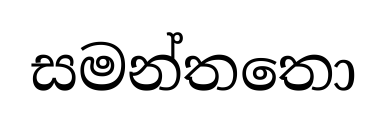
සමන්තතො